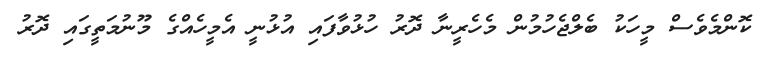
ކޮންމެވެސް މީހަކު ބެލްޖެހުމުން މެހެރީނާ ދޮރު ހުޅުވާފައި އުޅުނީ އެމީހެއްގެ މޫނުމަތީގައި ދޮރު